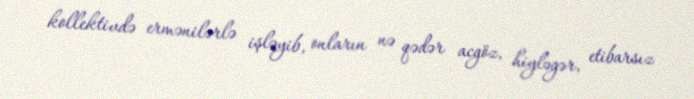
kollektivdə ermənilərlə işləyib, onların nə qədər acgöz, hiyləgər, etibarsız